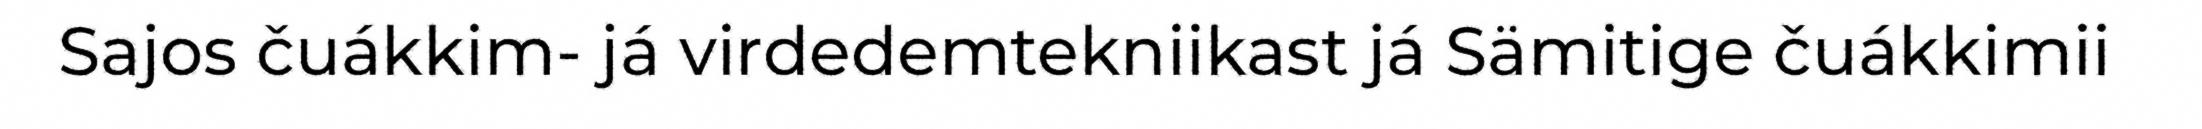
Sajos čuákkim- já virdedemtekniikast já Sämitige čuákkimii